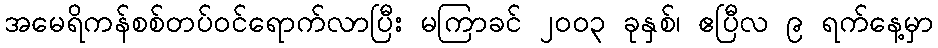
အမေရိကန်စစ်တပ်ဝင်ရောက်လာပြီး မကြာခင် ၂၀၀၃ ခုနှစ်၊ ဧပြီလ ၉ ရက်နေ့မှာ